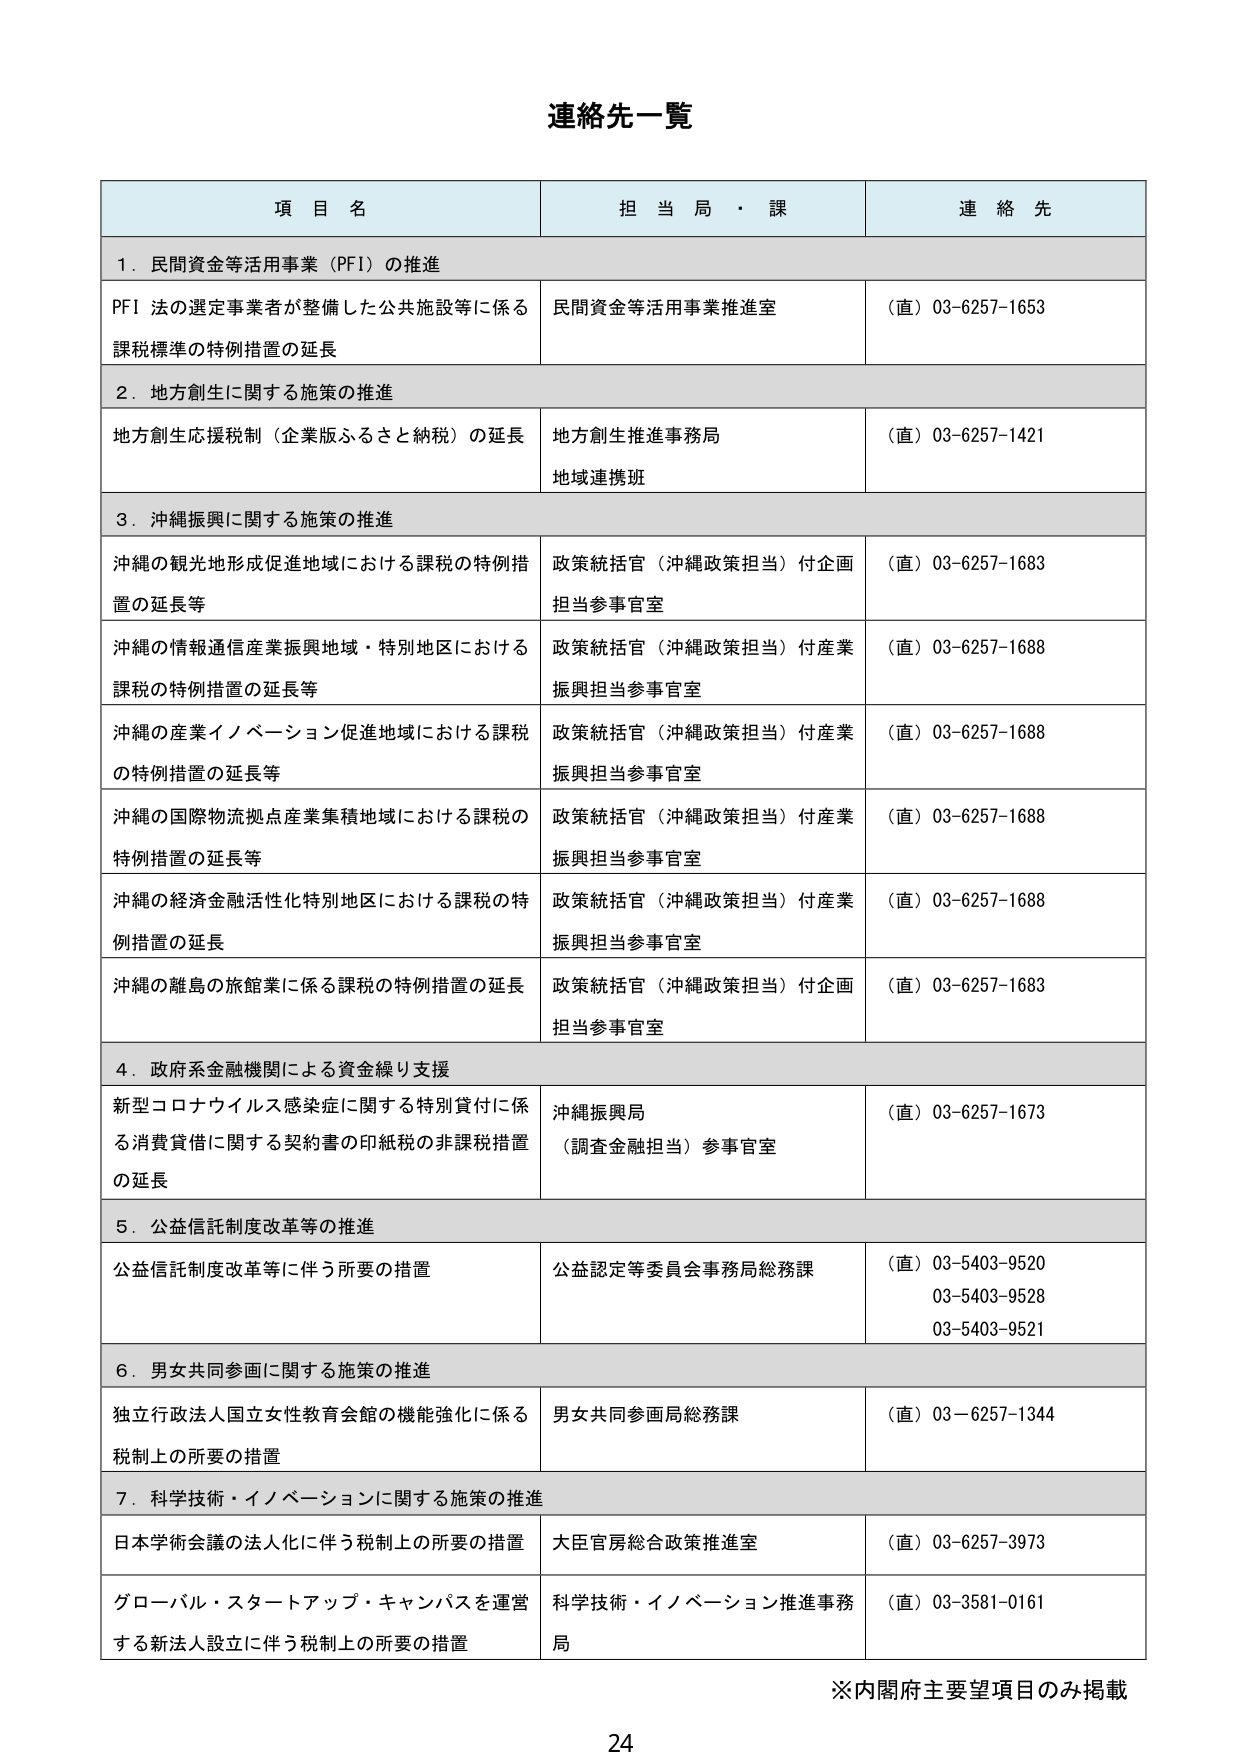
連絡先一覧

項 目 名　　　　　　　　　　　　　　　　　　　　　担当局・課　　　　　　　　　　　　　　　　　連絡先

１．民間資金等活用事業（PFI）の推進

PFI 法の選定事業者が整備した公共施設等に係る課税標準の特例措置の延長　　　　　民間資金等活用事業推進室　　　　　（直）03-6257-1653

２．地方創生に関する施策の推進

地方創生応援税制（企業版ふるさと納税）の延長　　　　　　　　　　　　　　　　地方創生推進事務局　　　　　　　　（直）03-6257-1421
　　　　　　　　　　　　　　　　　　　　　　　　　　　　　　　　　　　　　　地域連携班

３．沖縄振興に関する施策の推進

沖縄の観光地形成促進地域における課税の特例措置の延長等　　　　　　　　　　政策統括官（沖縄政策担当）付企画担当参事官室　　　（直）03-6257-1683

沖縄の情報通信産業振興地域・特別地区における課税の特例措置の延長等　　　　政策統括官（沖縄政策担当）付産業振興担当参事官室　　（直）03-6257-1688

沖縄の産業イノベーション促進地域における課税の特例措置の延長等　　　　　　政策統括官（沖縄政策担当）付産業振興担当参事官室　　（直）03-6257-1688

沖縄の国際物流拠点産業集積地域における課税の特例措置の延長等　　　　　　　政策統括官（沖縄政策担当）付産業振興担当参事官室　　（直）03-6257-1688

沖縄の経済金融活性化特別地区における課税の特例措置の延長　　　　　　　　　政策統括官（沖縄政策担当）付産業振興担当参事官室　　（直）03-6257-1688

沖縄の離島の旅館業に係る課税の特例措置の延長　　　　　　　　　　　　　　　政策統括官（沖縄政策担当）付企画担当参事官室　　　（直）03-6257-1683

４．政府系金融機関による資金繰り支援

新型コロナウイルス感染症に関する特別貸付に係る消費貸借に関する契約書の印紙税の非課税措置の延長